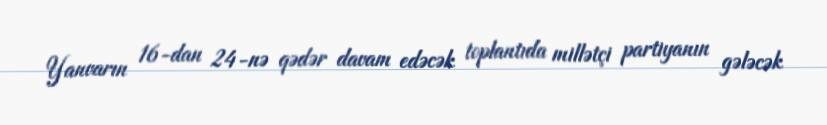
Yanvarın 16-dan 24-nə qədər davam edəcək toplantıda millətçi partiyanın gələcək